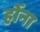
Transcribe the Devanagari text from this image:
होँना